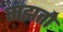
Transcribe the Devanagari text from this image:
मझतो